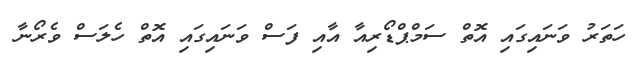
ހަތަރު ވަނައިގައި އޮތް ސަމްޕްޑޯރިއާ އާއި ފަސް ވަނައިގައި އޮތް ހެލަސް ވެރޯނާ